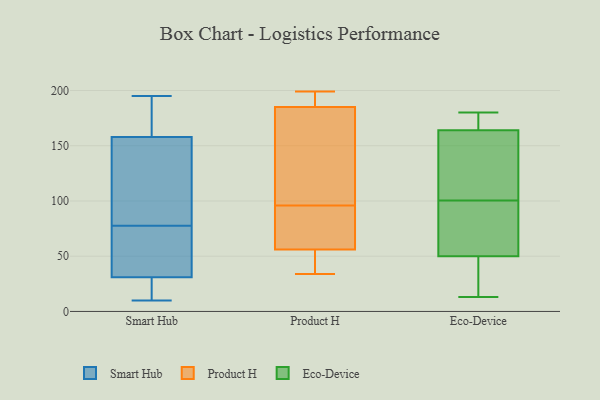
{"axis": {"x": "Website Visitors", "y": "Value"}, "legend": ["Eco-Device", "Product H", "Smart Hub"], "data": [{"x": "", "y": 12, "type": "Smart Hub"}, {"x": "", "y": 10, "type": "Smart Hub"}, {"x": "", "y": 112, "type": "Smart Hub"}, {"x": "", "y": 110, "type": "Smart Hub"}, {"x": "", "y": 85, "type": "Smart Hub"}, {"x": "", "y": 135, "type": "Smart Hub"}, {"x": "", "y": 177, "type": "Smart Hub"}, {"x": "", "y": 70, "type": "Smart Hub"}, {"x": "", "y": 13, "type": "Smart Hub"}, {"x": "", "y": 195, "type": "Smart Hub"}, {"x": "", "y": 19, "type": "Smart Hub"}, {"x": "", "y": 31, "type": "Smart Hub"}, {"x": "", "y": 158, "type": "Smart Hub"}, {"x": "", "y": 69, "type": "Smart Hub"}, {"x": "", "y": 67, "type": "Smart Hub"}, {"x": "", "y": 55, "type": "Smart Hub"}, {"x": "", "y": 172, "type": "Smart Hub"}, {"x": "", "y": 192, "type": "Smart Hub"}, {"x": "", "y": 191, "type": "Product H"}, {"x": "", "y": 160, "type": "Product H"}, {"x": "", "y": 90, "type": "Product H"}, {"x": "", "y": 42, "type": "Product H"}, {"x": "", "y": 56, "type": "Product H"}, {"x": "", "y": 60, "type": "Product H"}, {"x": "", "y": 187, "type": "Product H"}, {"x": "", "y": 54, "type": "Product H"}, {"x": "", "y": 178, "type": "Product H"}, {"x": "", "y": 199, "type": "Product H"}, {"x": "", "y": 176, "type": "Product H"}, {"x": "", "y": 185, "type": "Product H"}, {"x": "", "y": 76, "type": "Product H"}, {"x": "", "y": 34, "type": "Product H"}, {"x": "", "y": 43, "type": "Product H"}, {"x": "", "y": 195, "type": "Product H"}, {"x": "", "y": 89, "type": "Product H"}, {"x": "", "y": 102, "type": "Product H"}, {"x": "", "y": 22, "type": "Eco-Device"}, {"x": "", "y": 13, "type": "Eco-Device"}, {"x": "", "y": 82, "type": "Eco-Device"}, {"x": "", "y": 110, "type": "Eco-Device"}, {"x": "", "y": 164, "type": "Eco-Device"}, {"x": "", "y": 47, "type": "Eco-Device"}, {"x": "", "y": 131, "type": "Eco-Device"}, {"x": "", "y": 178, "type": "Eco-Device"}, {"x": "", "y": 180, "type": "Eco-Device"}, {"x": "", "y": 50, "type": "Eco-Device"}, {"x": "", "y": 179, "type": "Eco-Device"}, {"x": "", "y": 87, "type": "Eco-Device"}, {"x": "", "y": 91, "type": "Eco-Device"}, {"x": "", "y": 15, "type": "Eco-Device"}, {"x": "", "y": 151, "type": "Eco-Device"}, {"x": "", "y": 85, "type": "Eco-Device"}, {"x": "", "y": 167, "type": "Eco-Device"}, {"x": "", "y": 110, "type": "Eco-Device"}]}